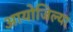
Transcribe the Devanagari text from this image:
आयोजिल्या